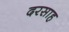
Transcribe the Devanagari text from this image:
दरसाह